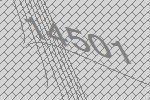
14501